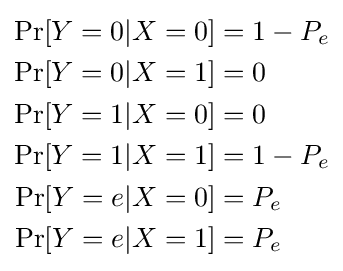
{\begin{aligned}\operatorname {Pr} [Y=0|X=0]&=1-P_{e}\\\operatorname {Pr} [Y=0|X=1]&=0\\\operatorname {Pr} [Y=1|X=0]&=0\\\operatorname {Pr} [Y=1|X=1]&=1-P_{e}\\\operatorname {Pr} [Y=e|X=0]&=P_{e}\\\operatorname {Pr} [Y=e|X=1]&=P_{e}\end{aligned}}